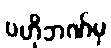
ဗဟိုဘဏ်မှ